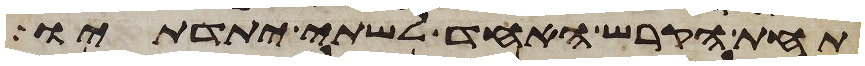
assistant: תחת הקרש האחד לשתי יתדתיו